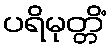
ပရိမုတ္တိံ